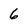
Character: 6